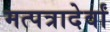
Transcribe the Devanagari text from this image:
मत्पत्रादेर्वां